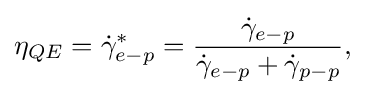
{\begin{aligned}\eta _{QE}={\dot {\gamma }}_{e-p}^{*}={\frac {{\dot {\gamma }}_{e-p}}{{\dot {\gamma }}_{e-p}+{\dot {\gamma }}_{p-p}}},\end{aligned}}